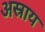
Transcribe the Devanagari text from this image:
अस्राय